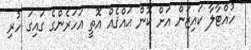
" ހުއްޓާލާ ކައިޒަން އަށް ކޮން ޙައްޤެއް އޮތީ އަހަރެންގެ ގައިގަ ހުރި